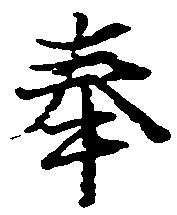
奉